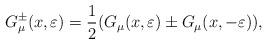
LaTeX: \begin{align*}G_\mu ^{\pm }(x,\varepsilon )=\frac 12(G_\mu (x,\varepsilon )\pm G_\mu(x,-\varepsilon )), \end{align*}